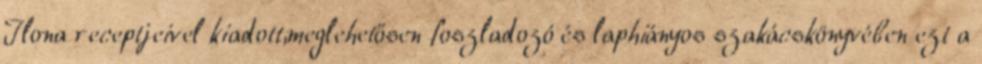
Ilona receptjeivel kiadott,meglehetősen foszladozó és laphiányos szakácskönyvében ezt a